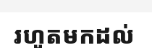
រហូតមកដល់